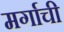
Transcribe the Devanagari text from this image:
मर्गाची